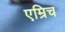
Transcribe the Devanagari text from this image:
एम्रिच